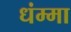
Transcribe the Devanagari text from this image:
धंम्मा